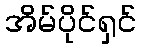
အိမ်ပိုင်ရှင်